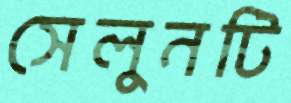
সেলুনটি